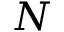
N